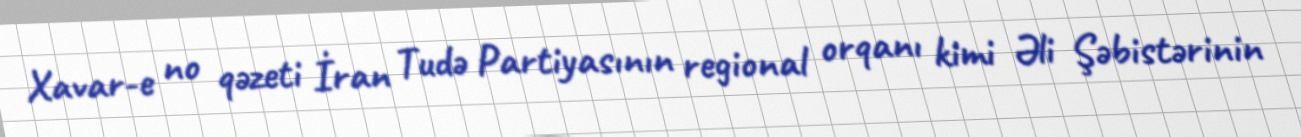
Xavar-e no qəzeti İran Tudə Partiyasının regional orqanı kimi Əli Şəbistərinin